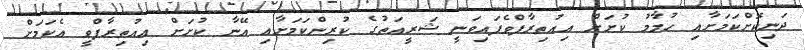
ދަނިކޮށްކަމަށާއި ހުމާމު ކުށަށް އިއުތިރާފްވެފައިވަނީ ޝަރީއަތުގެ ކުރިންކަމަށާއި އޭނާ ކުށަށް އިއުތިރާފްވީ އެކަމަށް